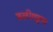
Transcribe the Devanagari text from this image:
वलीपट्टण